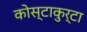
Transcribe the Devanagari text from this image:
कोस्टाकुर्टा